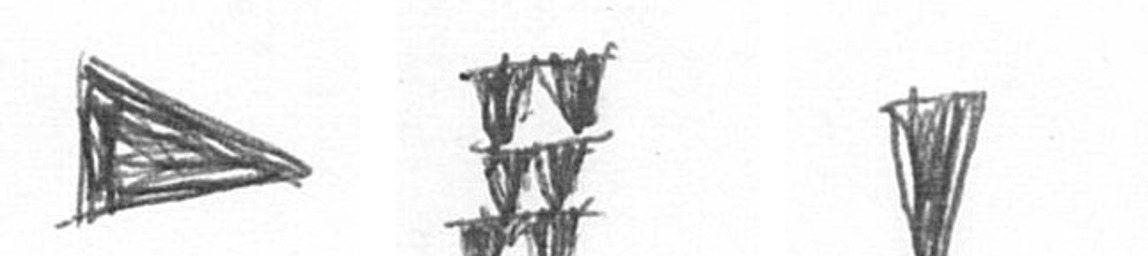
T Y J